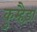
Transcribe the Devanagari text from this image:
कुम्हैड़ा